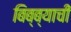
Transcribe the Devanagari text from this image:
बिब्ब्याची